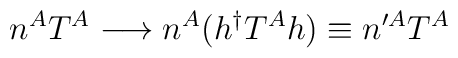
n^{A}T^{A} \longrightarrow n^{A}(h^{\dagger}T^{A}h)\equiv n^{\prime A}T^{A}